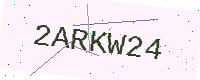
Text: 2ARKW24